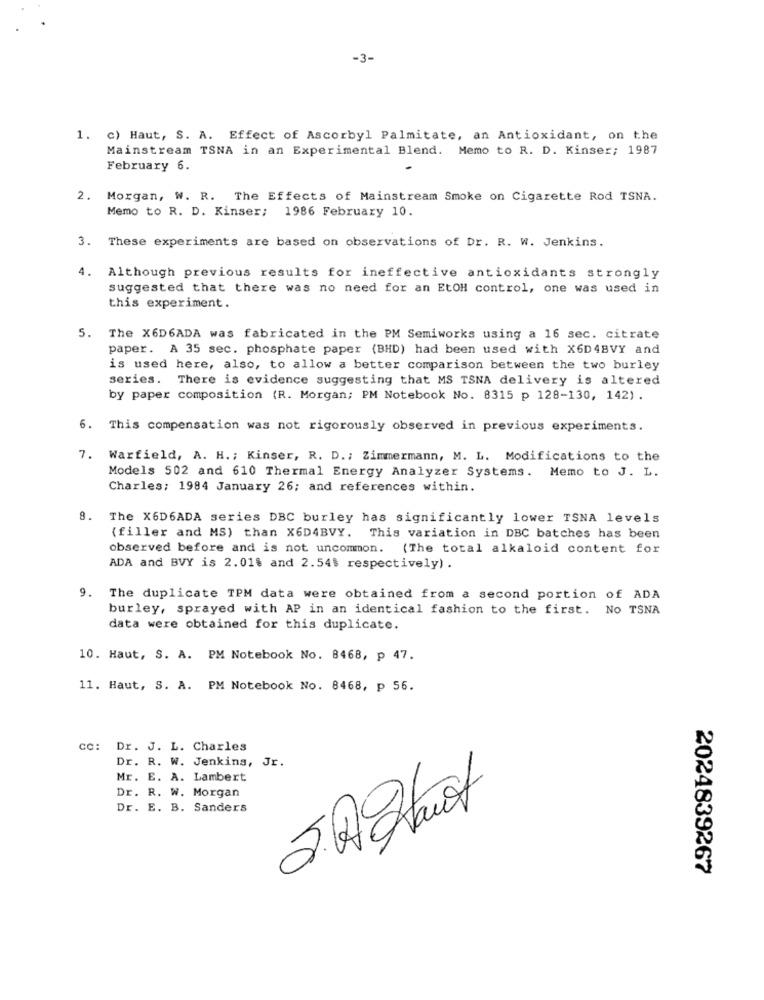
-3-
1. c) Haut, S. A. Effect of Ascorbyl Palmitate, an Antioxidant, on the
Mainstream TSNA in an Experimental Blend. Memo to R. D. Kinser; 1987
February 6.
Morgan, W. R. The Effects of Mainstream Smoke on Cigarette Rod TSNA.
Memo to R. D. Kinser; 1986 February 10.
3. These experiments are based on observations of Dr. R. W. Jenkins.
4.
Although previous results for ineffective antioxidants strongly
suggested that there was no need for an EtOH control, one was used in
this experiment.
5.
The X6D6ADA was fabricated in the PM Semiworks using a 16 sec. citrate
paper. A 35 sec. phosphate paper (BHD) had been used with X6D48VY and
is used here, also, to allow a better comparison between the two burley
series. There is evidence suggesting that MS TSNA delivery is altered
by paper composition (R. Morgan; PM Notebook No. 8315 p 128-130, 142) .
6. This compensation was not rigorously observed in previous experiments.
7. Warfield, A. H .; Kinser, R. D .; Zimmermann, M. L. Modifications to the
Models 502 and 610 Thermal Energy Analyzer Systems. Memo to J. L.
Charles; 1984 January 26; and references within.
8. The X6D6ADA series DBC burley has significantly lower TSNA levels
(filler and MS) than X6D4BVY. This variation in DBC batches has been
observed before and is not uncommon. (The total alkaloid content for
ADA and BVY is 2.01% and 2.54% respectively) .
9. The duplicate TPM data were obtained from a second portion of ADA
burley, sprayed with AP in an identical fashion to the first. No TSNA
data were obtained for this duplicate.
10. Haut, S. A. PM Notebook No. 8468, p 47.
11. Haut, S. A. PM Notebook No. 8468, p 56.
cc: Dr. J. L. Charles
Dr. R. W. Jenkins, Jr.
Mr. E. A. Lambert
Dr. R. W. Morgan
Dr. E. B. Sanders
2024839267